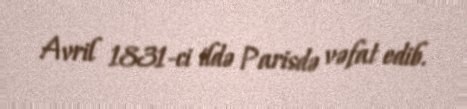
Avril 1831-ci ildə Parisdə vəfat edib.